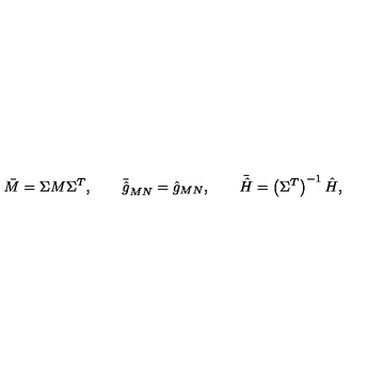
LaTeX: \bar { M } = \Sigma M \Sigma ^ { T } , \qquad \bar { \hat { g } } _ { M N } = \hat { g } _ { M N } , \qquad \bar { \hat { H } } = \left( \Sigma ^ { T } \right) ^ { - 1 } \hat { H } ,